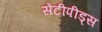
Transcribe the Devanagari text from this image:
सेंटीपीड्स